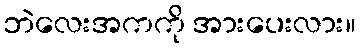
ဘဲလေးအကကို အားပေးလား။